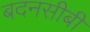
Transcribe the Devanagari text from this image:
बदनसीबी